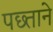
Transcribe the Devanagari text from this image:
पछ्ताने